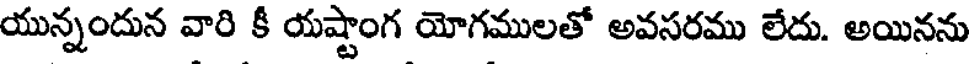
యున్నందున వారి కీ యష్టాంగ యోగములతో అవసరము లేదు. అయినను